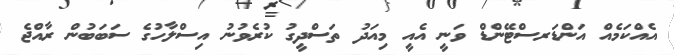
އެއްކަމެއް އަންޑަރސްޓޭންޑް ވަނީ އެއީ މިއަދު ތަސްދީގު ކުރެވުނު އިސްލާހުގެ ސަބަބުން ރާއްޖެ